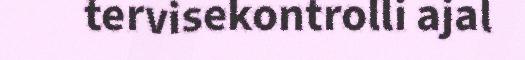
tervisekontrolli ajal